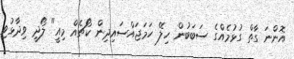
އޮންނަ ގާތް ގުޅުމެއްގެ ސަބަބުން ހިލޭ ހަމަޖައްސައިދިން ކޯޗެއް މިއީ" ލޯދީ ވިދާޅުވި